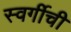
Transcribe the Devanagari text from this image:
स्वर्गीची